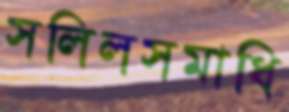
সলিলসমাধি